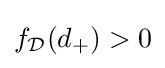
f_{\mathcal {D}}(d_{+})>0